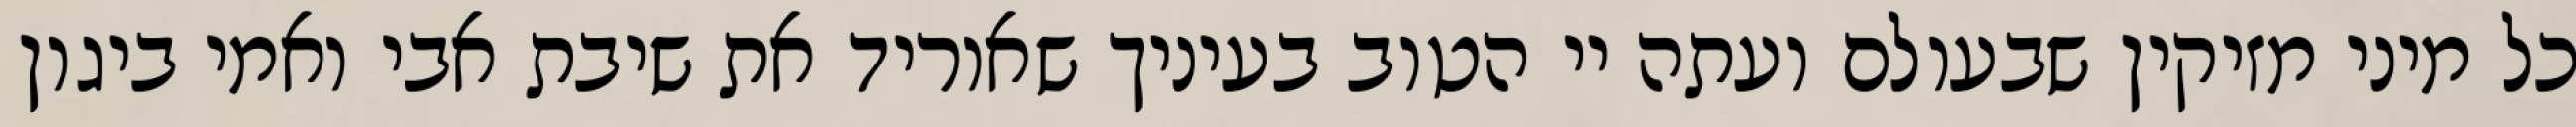
כל מיני מזיקין שבעולם ועתה יי הטוב בעיניך שאוריד את שיבת אבי ואמי ביגון